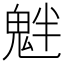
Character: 𩲯